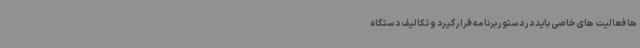
ها فعالیت های خاصی باید در دستور برنامه قرار گیرد و تکالیف دستگاه